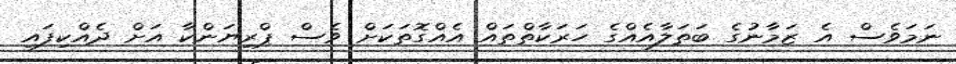
ނަމަވެސް އެ ޒަމާނުގެ ބަތަލާއެއްގެ ހަރަކާތްތައް އެއްގޮތަކަށް ވެސް ޕްރިޔަންކާ އަށް ދެއްކިފައި